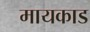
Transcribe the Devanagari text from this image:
मायकाड